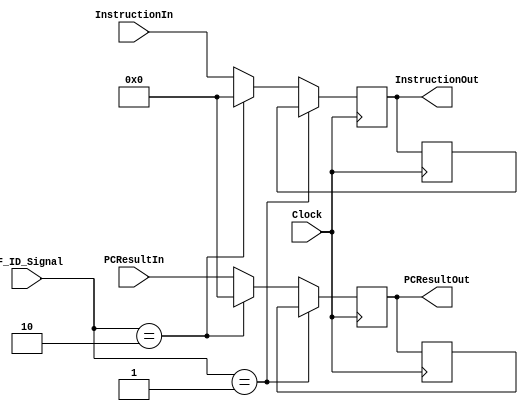
`timescale 1ns / 1ps
//////////////////////////////////////////////////////////////////////////////////
// Company: 
// Engineer: 
// 
// Design Name: 
// Module Name: IF_ID_Register
// Project Name: 
// Target Devices: 
// Tool Versions: 
// Description: 
// 
// Dependencies: 
// 
// Revision:
// Revision 0.01 - File Created
// Additional Comments:
// 
//////////////////////////////////////////////////////////////////////////////////


module IF_ID_Register(Clock, IF_ID_Signal, InstructionIn, PCResultIn, InstructionOut, PCResultOut);
input Clock;
input [1:0] IF_ID_Signal;
input [31:0] InstructionIn;
input [31:0] PCResultIn;
reg [31:0]PreviousInstruction;
reg [31:0]PreviousPCResultOut;
output reg [31:0] InstructionOut;
output reg [31:0] PCResultOut;

always @( posedge Clock)
    begin
    if(IF_ID_Signal == 1)begin //This is for stalling
    InstructionOut = PreviousInstruction;
    PCResultOut = PreviousPCResultOut;
    end
    else if(IF_ID_Signal == 2)begin //This is for flushing
    InstructionOut = 0;
    PCResultOut = 0;
    end
    else begin
    //PreviousInstruction = InstructionOut;
    InstructionOut = InstructionIn;
    //PreviousPCResultOut = PCResultOut;
    PCResultOut = PCResultIn;
    end
    end
always @( negedge Clock) begin
    PreviousInstruction = InstructionOut;
    PreviousPCResultOut = PCResultOut;
    end
endmodule